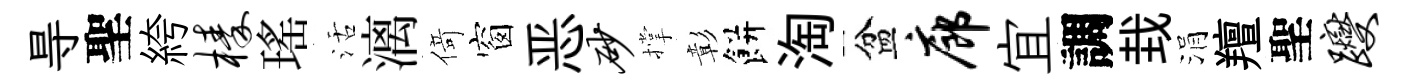
㝵聖絝榛瑤活漓𠋣窗恶砂撑彰餅淘盆廊宜調㘽涓羶聖躞